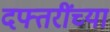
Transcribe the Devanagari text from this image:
दफ्तरींच्या